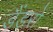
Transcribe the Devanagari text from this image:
डैंडरों